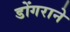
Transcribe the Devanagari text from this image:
डोंगराने